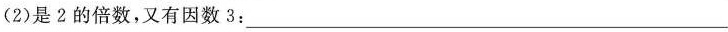
(2)是2的倍数，又有因数3：___